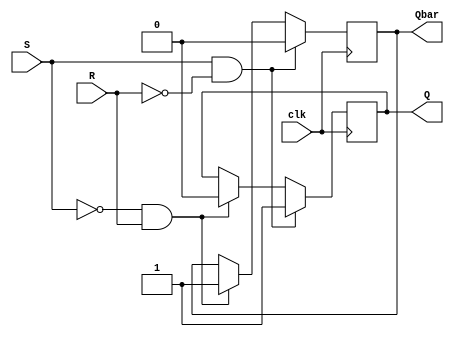
module sr_flipflop (
    input wire clk,
    input wire S,
    input wire R,
    output reg Q,
    output reg Qbar
);

always @(posedge clk) begin
    if (S && !R) begin
        Q <= 1;
        Qbar <= 0;
    end else if (!S && R) begin
        Q <= 0;
        Qbar <= 1;
    end else begin
        Q <= Q;
        Qbar <= Qbar;
    end
end

endmodule